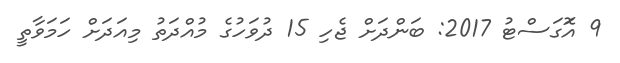
9 އޮަގަސްޓު 2017: ބަންދަށް ޖެހި 15 ދުވަހުގެ މުއްދަތު މިއަދަށް ހަމަވާތީ